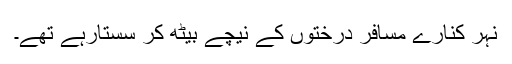
نہر کنارے مسافر درختوں کے نیچے بیٹھ کر سستارہے تھے۔